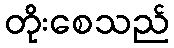
တိုးစေသည်